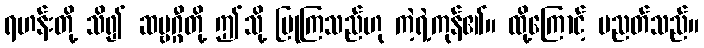
ရဟန်းတို့ သိ၍ ဆဗ္ဗဂ္ဂီတို့ ဤသို့ ပြုကြသည်ဟု ကဲ့ရဲ့ကုန်၏။ ထို့ကြောင့် ပညတ်သည်။